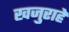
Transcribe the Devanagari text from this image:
खजुराहे